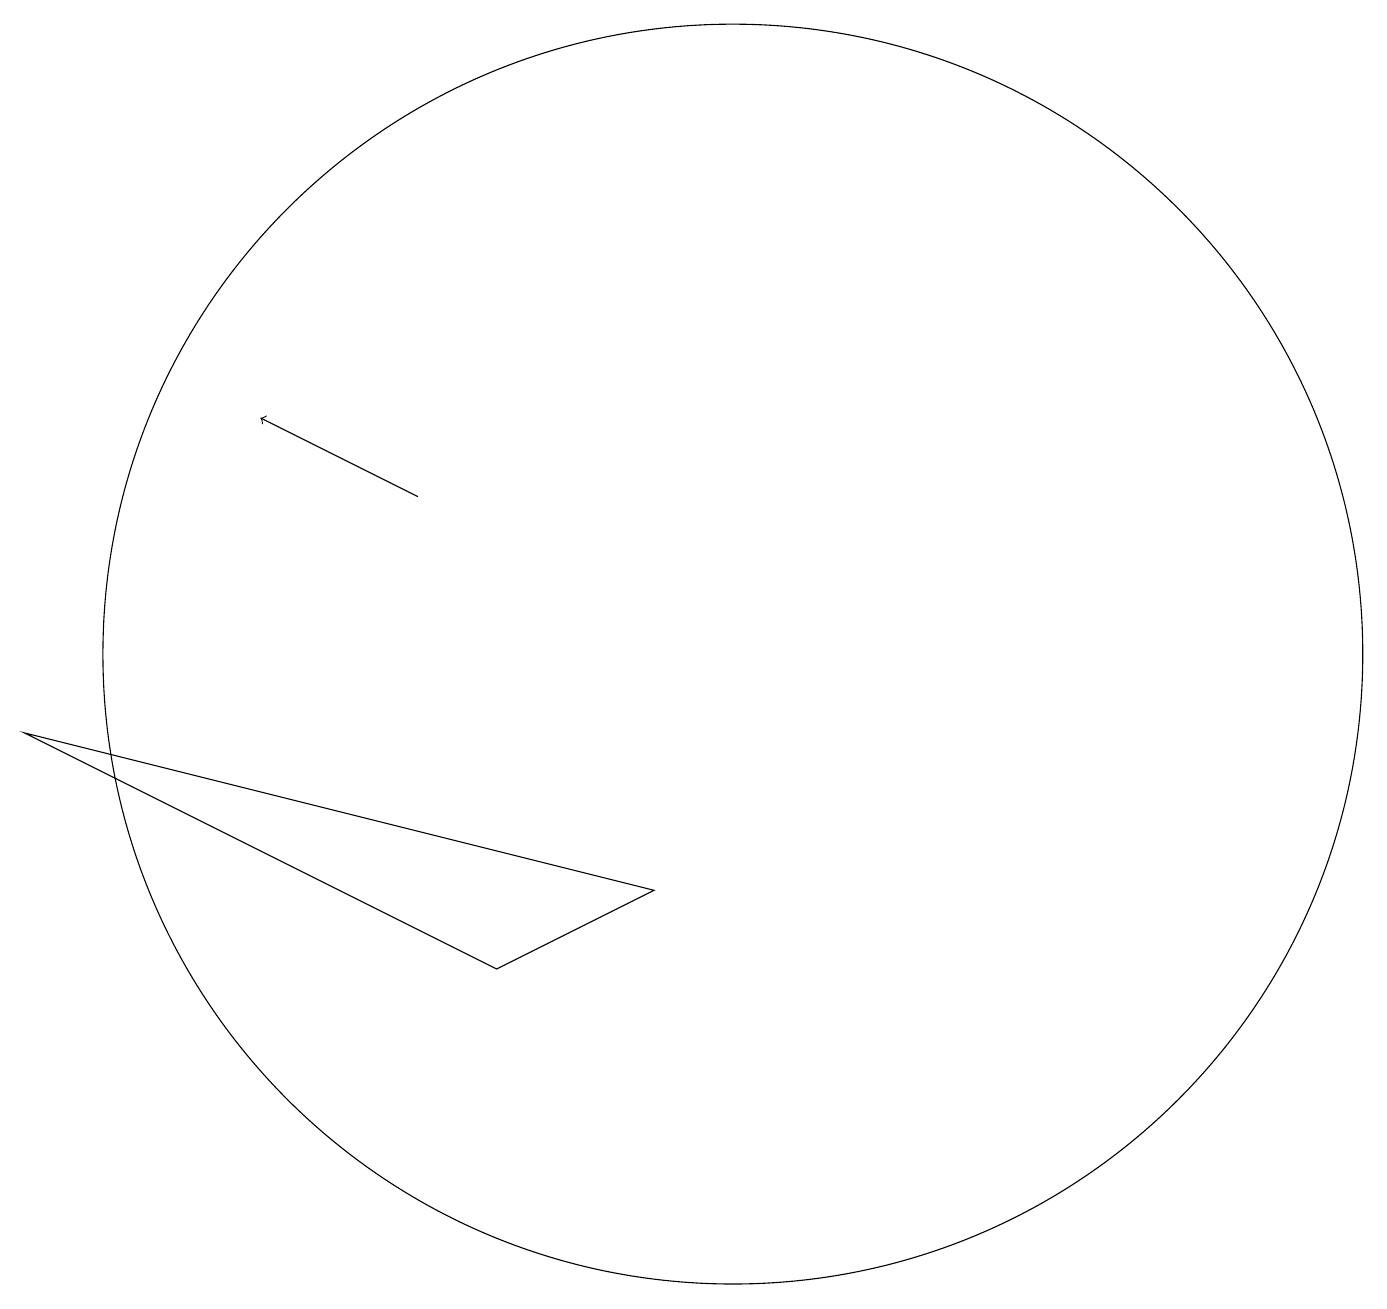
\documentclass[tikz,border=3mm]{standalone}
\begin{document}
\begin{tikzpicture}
\draw[->] (6,12) -- (4,13);
\draw (7,6) -- (9,7) -- (1,9) -- cycle;
\draw (10,10) circle (8);
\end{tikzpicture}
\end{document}